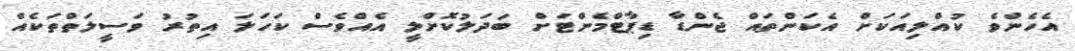
އެހެންވެ ކުއްލިއަކަށް އެކަންތައް ޖެންޑާ ޑިޕާޓްމެންޓަށް ބަދަލުކޮށްލީ އެއްވެސް ކަހަލަ އިތުރު ވަސީލަތްތަކެއް